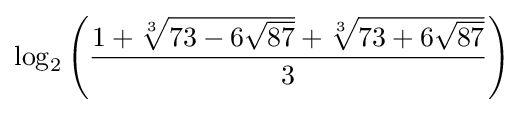
\log _{2}\left({\frac {1+{\sqrt[{3}]{73-6{\sqrt {87}}}}+{\sqrt[{3}]{73+6{\sqrt {87}}}}}{3}}\right)